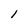
Character: l